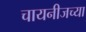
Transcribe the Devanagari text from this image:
चायनीजच्या